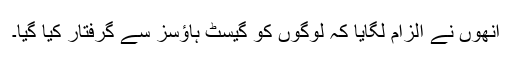
انھوں نے الزام لگایا کہ لوگوں کو گیسٹ ہاؤسز سے گرفتار کیا گیا۔